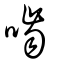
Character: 嚙